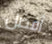
أفضل